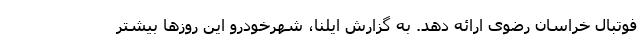
فوتبال خراسان رضوی ارائه دهد. به گزارش ایلنا، شهرخودرو این روزها بیشتر